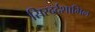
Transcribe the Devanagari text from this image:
सिरदर्दशामिल